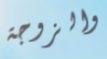
والزوجة